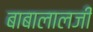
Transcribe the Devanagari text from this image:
बाबालालजी